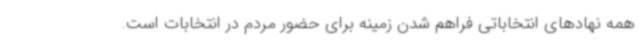
همه نهادهای انتخاباتی فراهم شدن زمینه برای حضور مردم در انتخابات است.